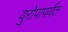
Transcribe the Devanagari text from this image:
युरोपापर्यंत